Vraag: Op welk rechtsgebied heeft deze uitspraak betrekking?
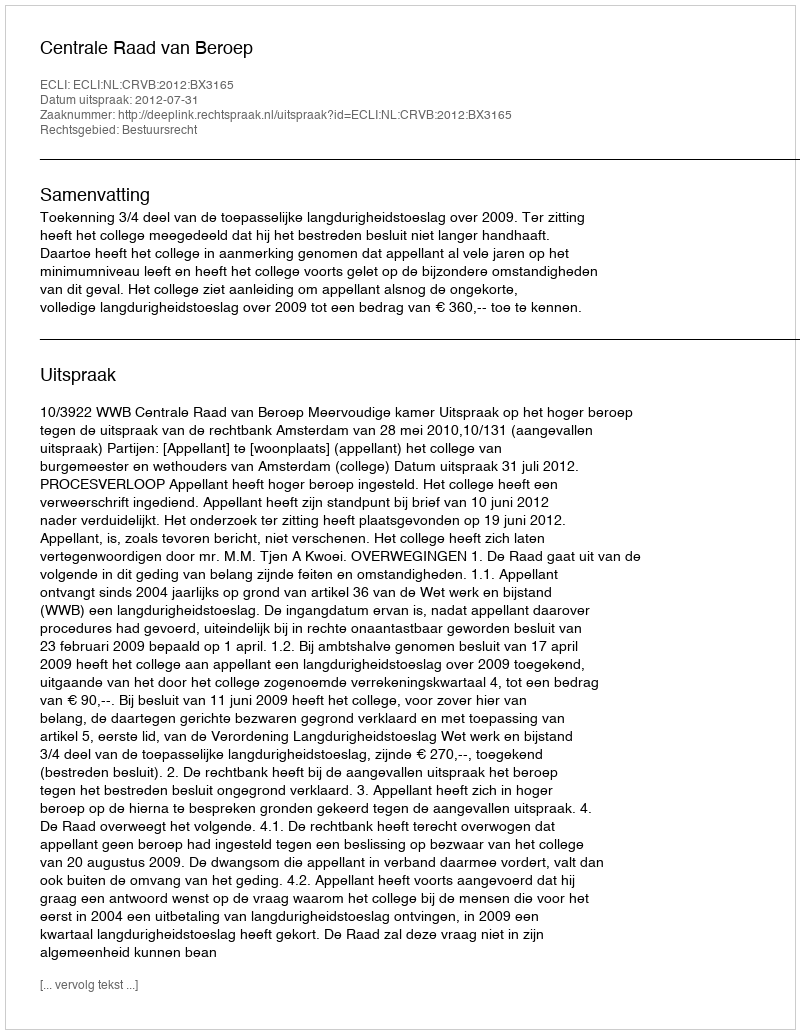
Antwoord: Bestuursrecht